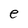
Character: e